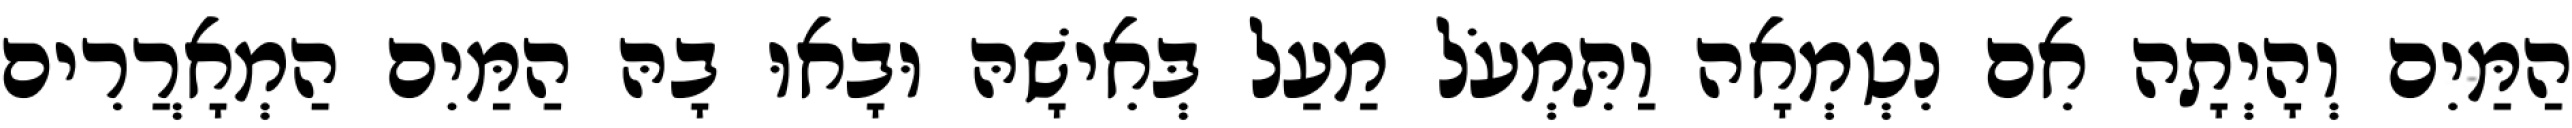
הַמַּיִם וְהָיְתָה אִם נִטְמְאָה וַתִּמְעֹל מַעַל בְּאִישָׁהּ וּבָאוּ בָהּ הַמַּיִם הַמְאָרֲרִים